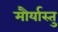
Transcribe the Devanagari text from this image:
मौर्यास्तु